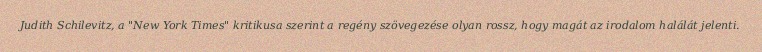
Judith Schilevitz, a "New York Times" kritikusa szerint a regény szövegezése olyan rossz, hogy magát az irodalom halálát jelenti.